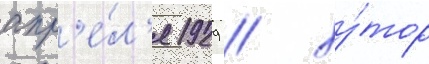
апр'е́л'я 1929 / ху́тор